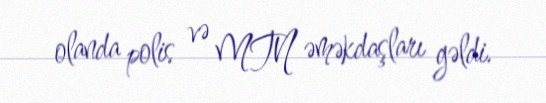
olanda polis və MTN əməkdaşları gəldi.